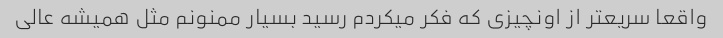
واقعا سریعتر از اونچیزی که فکر میکردم رسید بسیار ممنونم مثل همیشه عالی